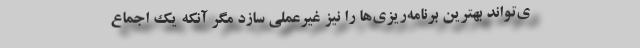
ی‌تواند بهترین برنامه‌ریزی‌ها را نیز غیرعملی سازد مگر آنکه یک اجماع